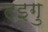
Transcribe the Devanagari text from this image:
दइगु